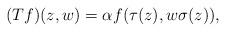
LaTeX: \begin{align*}(Tf)(z, w) = \alpha f(\tau(z), w \sigma(z)),\end{align*}